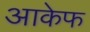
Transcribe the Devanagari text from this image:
आकेफ